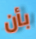
بأن